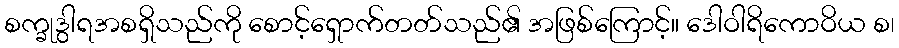
စက္ခုဒွါရအစရှိသည်ကို စောင့်ရှောက်တတ်သည်၏ အဖြစ်ကြောင့်။ ဒေါဝါရိကောဝိယ စ၊